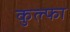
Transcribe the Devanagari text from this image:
कुल्‍फा